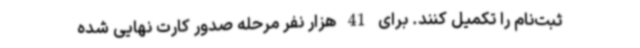
ثبت‌نام را تکمیل کنند. برای 41 هزار نفر مرحله صدور کارت نهایی شده